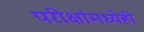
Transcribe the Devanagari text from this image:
परीक्षांमध्येही